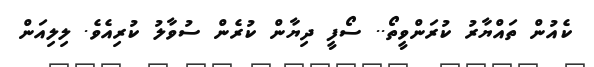
ކެއުން ތައްޔާރު ކުރަންވީތޯ.. ސޯފީ ދިޔާން ކުރެން ސުވާލު ކުރިއެވެ. ލިލިއަން